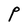
Character: P